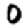
Digit: 0